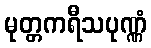
မုတ္တကရီသပုဏ္ဏံ